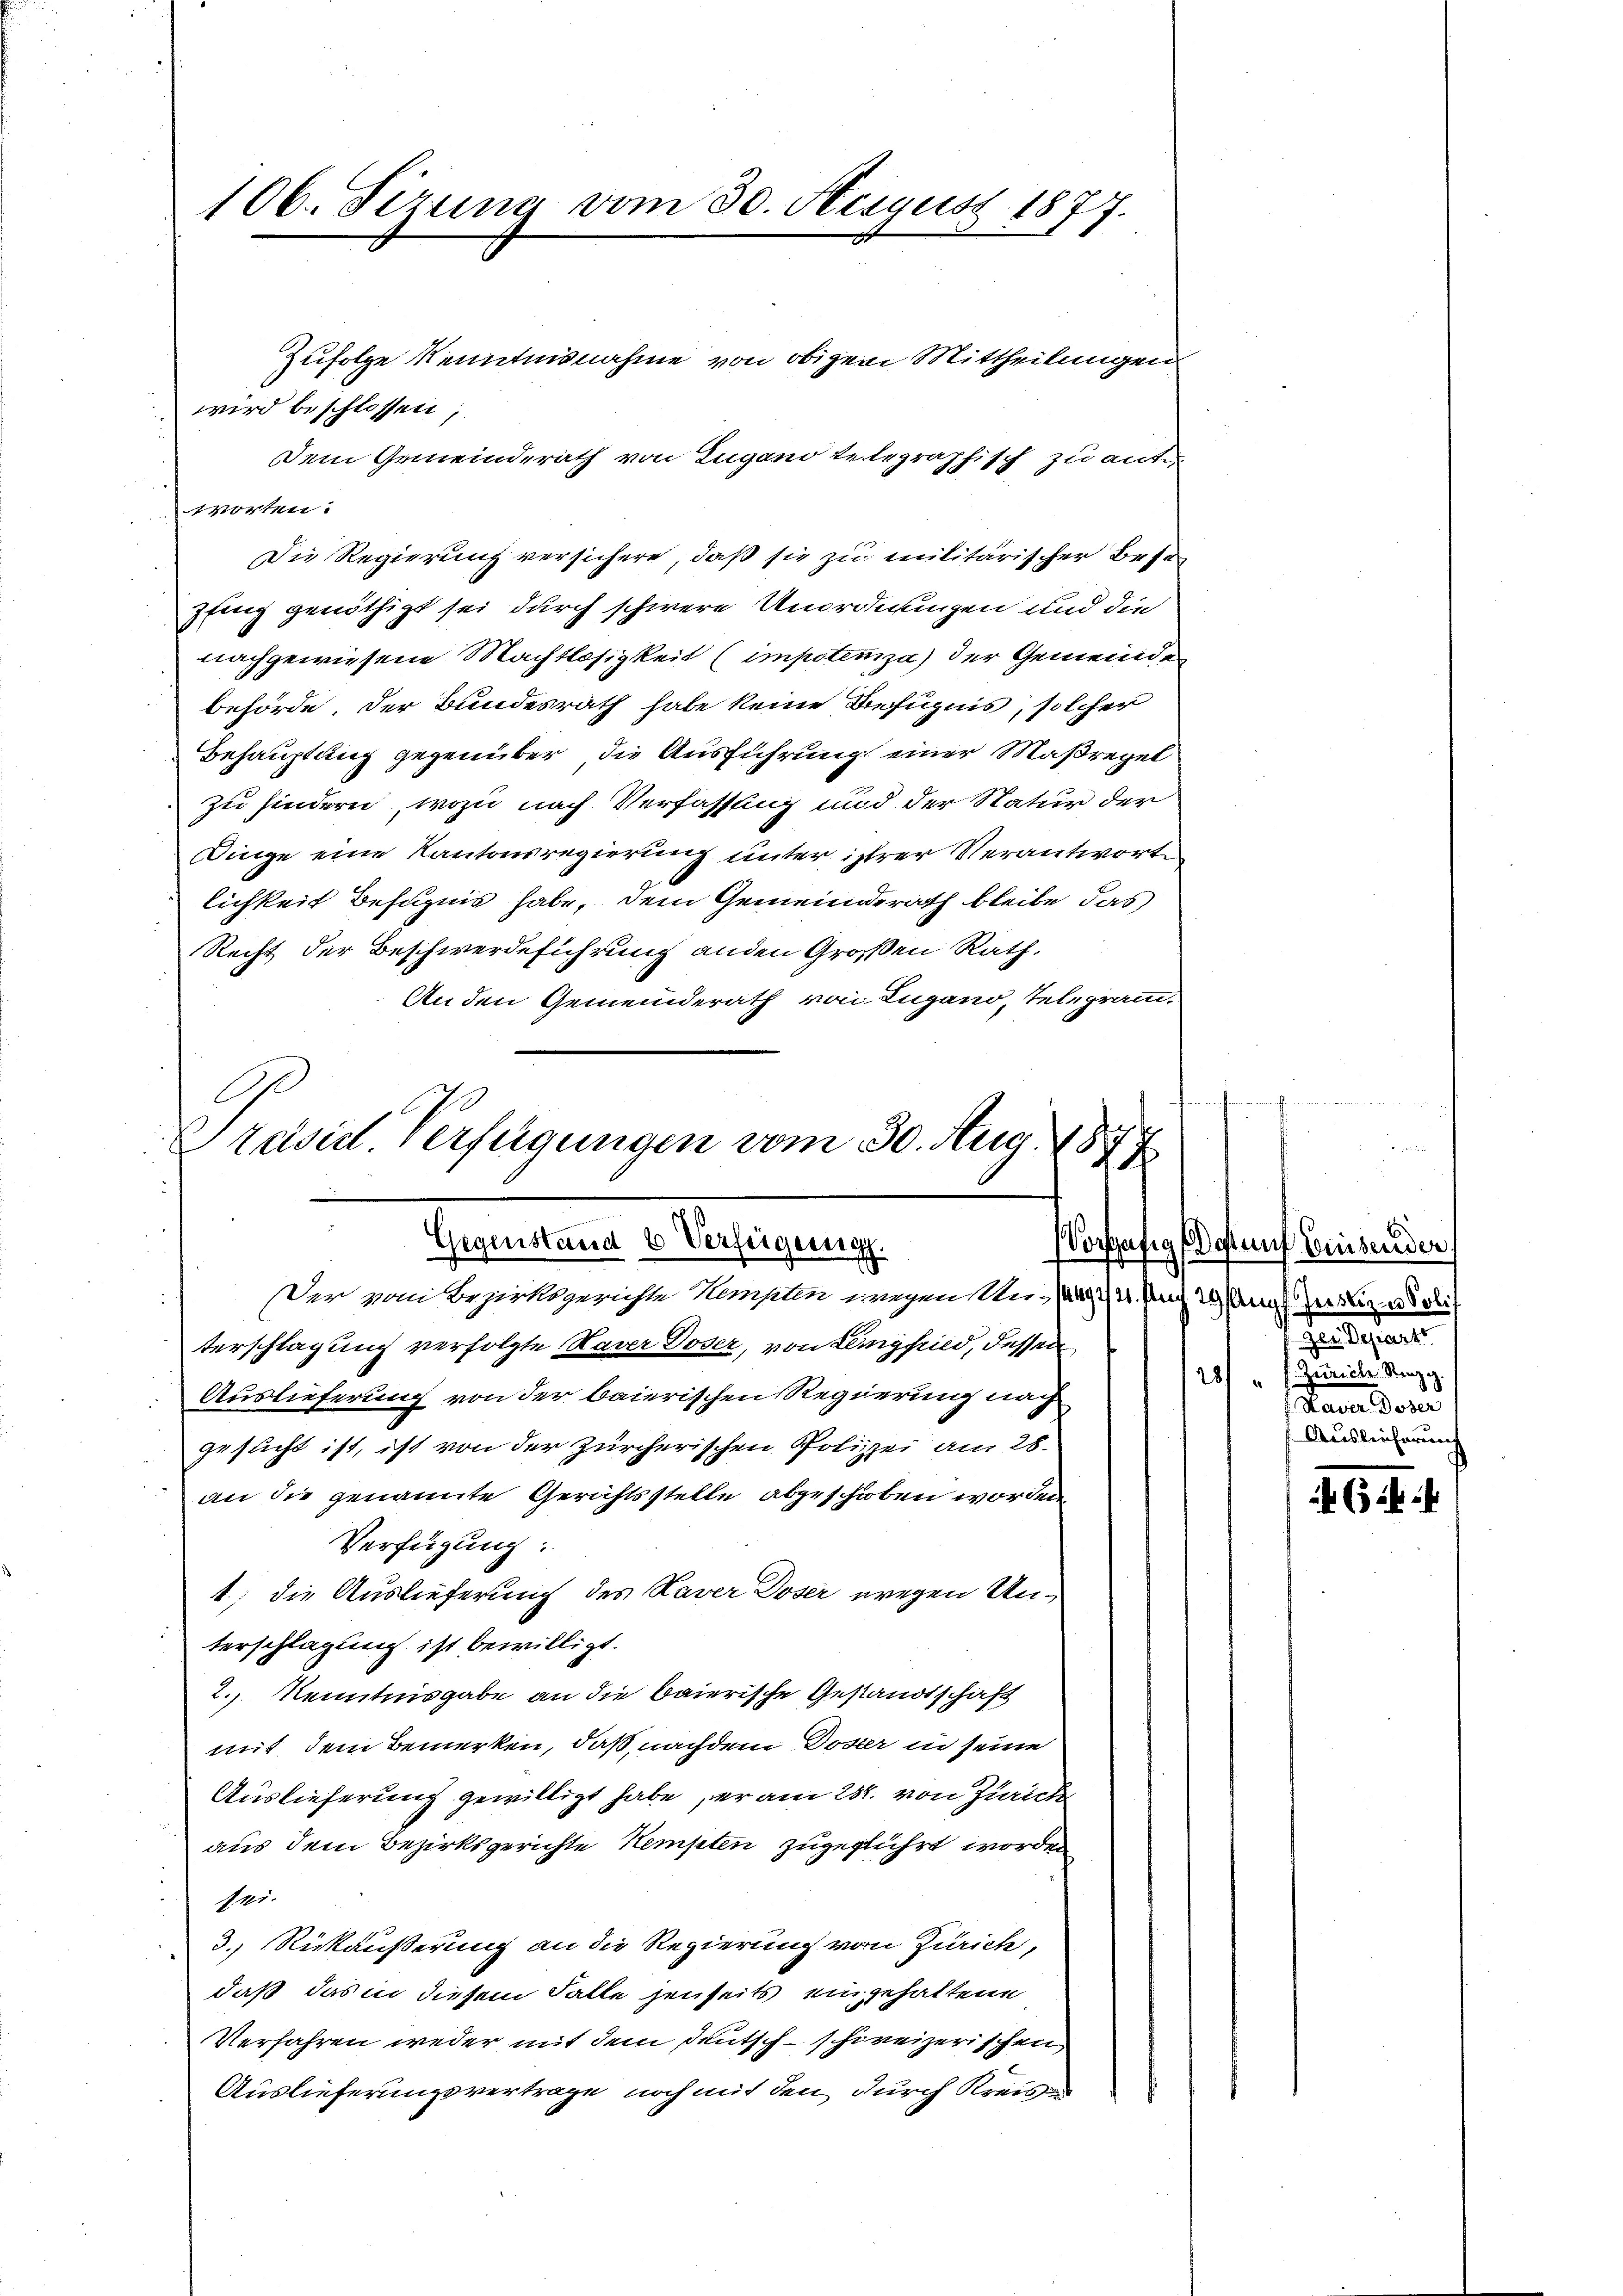
106. Fizung vom 30. Nesjust 1877.
1

Zufolge Kenntnisnahme von obigen Mittheilungen
wird beschlossen;
Dem Gemeinderath von Zugano telegraphisch zu ante
Worten:
Die Regierung versichere, daß sie zu militärischer Besepfing genöthigt sei durch schwere Unordnungen und die
nachgewiesene Machtlosigkeit (impotenza der Gemeinde
behörde, der Bundesrath habe keine Befugnis, solcher
Behauptung gegenüber die Ausführung einer Maßregel
zu hindern, wozu nach Verfassung und der Natur der
Dinge eine Kantonsregierung unter istrer Verantwort
lichkeit Befugnis habe, dem Gemeinderath bleibe, das
Recht der Beschwerdeführung anden Großen Rath,
An den Gemeinderath von Ingano, Telegram-

¬
raiserl. Verfügungen vom 30. Aug. 1877
Gegenstand 6 Verfügung.
orfertig des
Der vom Bezirksgerichte Kempten wegen nun des d

terschlagung verfolgte Naver Doser, von Langhild, dessen
Auslieferung von der baierischen Regierung nach
gesucht ist, ist von der zürcherischen Polizei am 28.
an die genannte Gerichtsstelle abgeschoben worden
Verfügung:
1; die Auslieferung des Kaver Doser wegen Unterschlagung ist bewilligt.
2.) Kenntnisgabe an die baierische Gestandtschaft
mit dem Bemerken, daß nachdem Doser in seine
Auslieferung gewilligt habe, er am 28. von Zürich
aus dem Bezirksgerichte Kempten zugeführt worden
ei.
3.) Rückäußerung an die Regierung von Zürich,
daß das in diesem Falle jenseits eingehaltene
Verfahren weder mit dem Deutsch-schweizerischen
Auslieferungsvertrage noch mit den durch Kreis¬

sauf Eisender
Aug. Justiz- u Soli
Perlesen
Zuviele Stangg.
¬
sdann der
Auslieferung

65 f